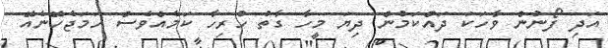
އަދި ފޯނުން ވާހަކަ ދައްކަމުން ދިޔަ މީހާ ގާތު ހުރިހާ ކަމެއްވެސް ހަމަޖެހޭނެއޭ